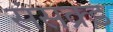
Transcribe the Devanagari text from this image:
संसक्र्ड